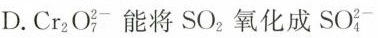
D. Cr_{2}O_{7}^{2-}能将SO_{2}氧化成SO_{4}^{2-}